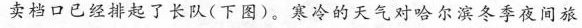
卖档口已经排起了长队(下图)。寒冷的天气对哈尔滨冬季夜间旅